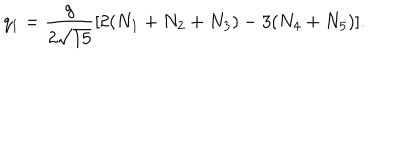
LaTeX: q _ { 1 } = { \frac { g } { 2 \sqrt { 1 5 } } } [ 2 ( N _ { 1 } + N _ { 2 } + N _ { 3 } ) - 3 ( N _ { 4 } + N _ { 5 } ) ] .